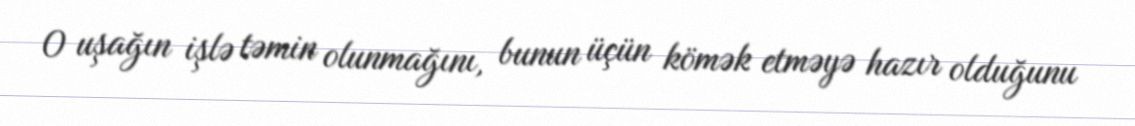
O uşağın işlə təmin olunmağını, bunun üçün kömək etməyə hazır olduğunu